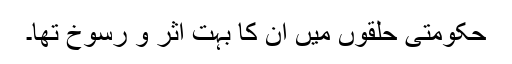
حکومتی حلقوں میں اِن کا بہت اثر و رسوخ تھا۔